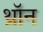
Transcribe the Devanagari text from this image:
थ्रॉन